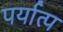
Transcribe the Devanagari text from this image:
पर्यात्प